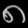
Digit: ၈